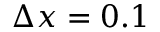
\Delta x = 0 . 1